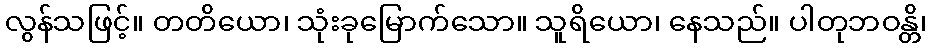
လွန်သဖြင့်။ တတိယော၊ သုံးခုမြောက်သော။ သူရိယော၊ နေသည်။ ပါတုဘဝန္တိ၊